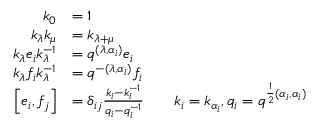
{ \begin{array} { r l r l } { k _ { 0 } } & { = 1 } \\ { k _ { \lambda } k _ { \mu } } & { = k _ { \lambda + \mu } } \\ { k _ { \lambda } e _ { i } k _ { \lambda } ^ { - 1 } } & { = q ^ { ( \lambda , \alpha _ { i } ) } e _ { i } } \\ { k _ { \lambda } f _ { i } k _ { \lambda } ^ { - 1 } } & { = q ^ { - ( \lambda , \alpha _ { i } ) } f _ { i } } \\ { \left[ e _ { i } , f _ { j } \right] } & { = \delta _ { i j } { \frac { k _ { i } - k _ { i } ^ { - 1 } } { q _ { i } - q _ { i } ^ { - 1 } } } } & & { k _ { i } = k _ { \alpha _ { i } } , q _ { i } = q ^ { { \frac { 1 } { 2 } } ( \alpha _ { i } , \alpha _ { i } ) } } \end{array} }